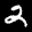
Label: 2